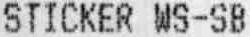
STICKER WS-SB